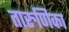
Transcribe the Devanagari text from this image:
तारुणिका